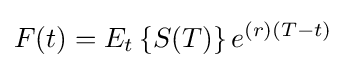
F(t)=E_{t}\left\{S(T)\right\}e^{(r)(T-t)}